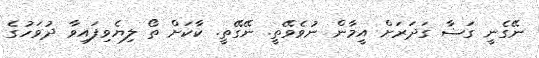
ނޭގެނީ ގަޟާ ގަދަރަށް އީމާން ނުވެވޭތީ. ނޭގޭތީ. ކާކަށް ތޯ ލިޔެވިފައިވާ ދުވަހުގެ